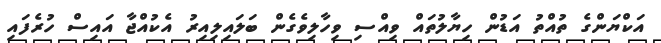
އަކްޔަންގެ ތުއްތު އަޑުން ހިޔާލުތައް ވިއްސި ވިހާލިވެގެން ބަލައިލިއިރު އެކުއްޖާ އައިސް ހުރެފައި